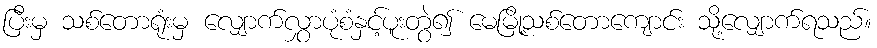
ပြီးမှ သစ်တောရုံးမှ လျှောက်လွှာပုံစံနှင့်ပူးတွဲ၍ မေမြို့သစ်တောကျောင်း သို့လျှောက်ရသည်။